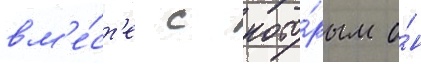
вм'е́ст'е с кото́рым о́н